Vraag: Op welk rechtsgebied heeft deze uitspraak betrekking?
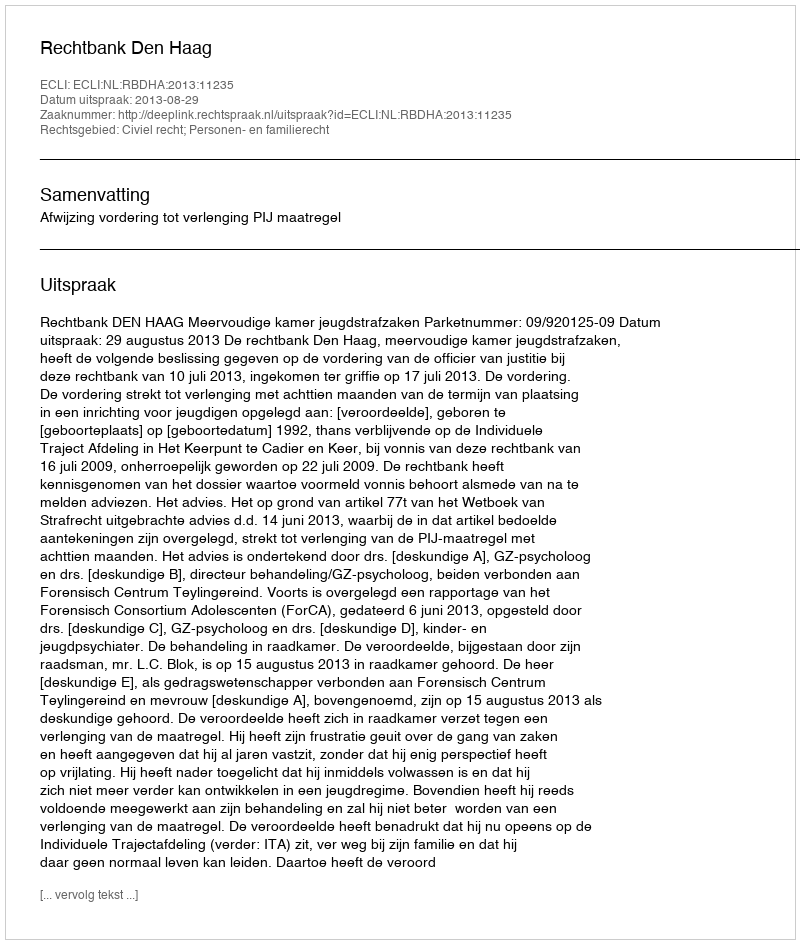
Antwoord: Civiel recht; Personen- en familierecht